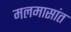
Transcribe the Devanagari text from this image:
मलमासांत